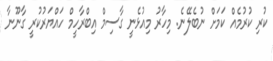
ކުރި ކުރުމެއް ކަމަށް ނުބެލޭނެ. މިހާރު މިއުޅެނީ ގާސިމް އިބްރާހީމް ހައްޔަރުކުރީ ގާނޫނާ